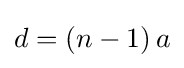
d=(n-1)\,a